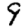
Digit: 9